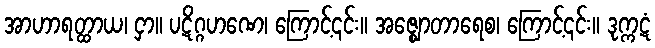
အာဟာရတ္ထာယ၊ ငှာ။ ပဋိဂ္ဂဟဏေ၊ ကြောင့်၎င်း။ အဇ္ဈောတာရေစ၊ ကြောင့်၎င်း။ ဒုက္ကဋံ